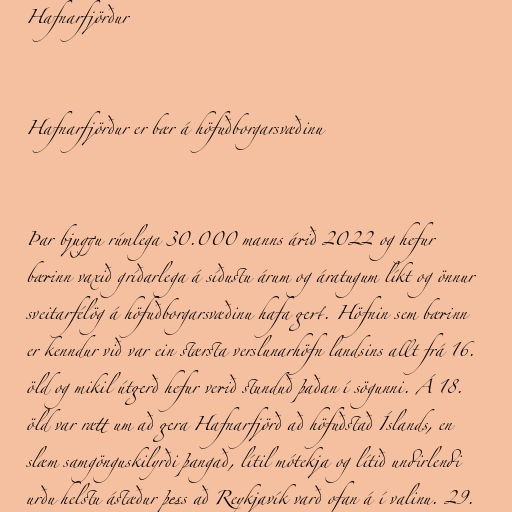
Hafnarfjörður

Hafnarfjörður er bær á höfuðborgarsvæðinu

Þar bjuggu rúmlega 30.000 manns árið 2022 og hefur
bærinn vaxið gríðarlega á síðustu árum og áratugum líkt og önnur
sveitarfélög á höfuðborgarsvæðinu hafa gert. Höfnin sem bærinn
er kenndur við var ein stærsta verslunarhöfn landsins allt frá 16.
öld og mikil útgerð hefur verið stunduð þaðan í sögunni. Á 18.
öld var rætt um að gera Hafnarfjörð að höfuðstað Íslands, en
slæm samgönguskilyrði þangað, lítil mótekja og lítið undirlendi
urðu helstu ástæður þess að Reykjavík varð ofan á í valinu. 29.